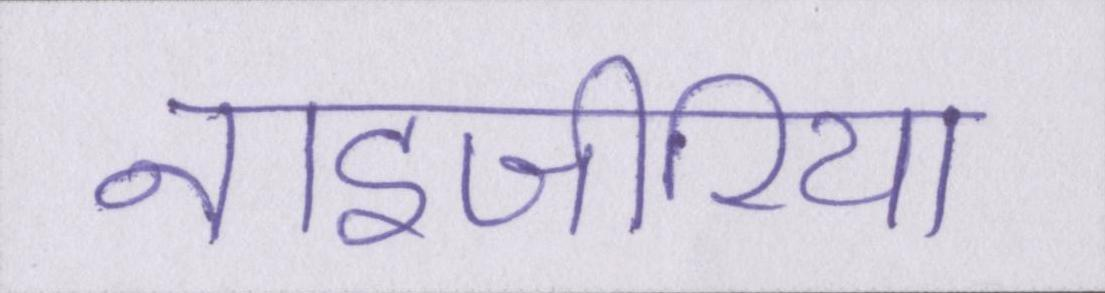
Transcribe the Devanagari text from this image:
नाइजीरिया